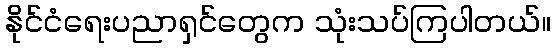
နိုင်ငံရေးပညာရှင်တွေက သုံးသပ်ကြပါတယ်။